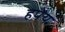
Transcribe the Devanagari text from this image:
हपेय